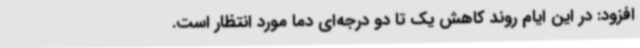
افزود: در این ایام روند کاهش یک تا دو درجه‌ای دما مورد انتظار است.